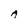
Character: A